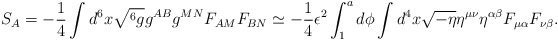
\begin{align*}S_A = -\frac{1}{4} \int d^6x \sqrt{^6g}g^{AB} g^{MN}F_{AM}F_{BN}\simeq -\frac{1}{4} \epsilon^2 \int_1^a d\phi \int d^4x\sqrt{-\eta}\eta^{\mu\nu}\eta^{\alpha\beta}F_{\mu\alpha}F_{\nu\beta}.\end{align*}